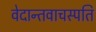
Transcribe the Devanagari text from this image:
वेदान्तवाचस्पति